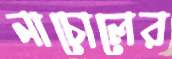
নাচোলের